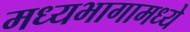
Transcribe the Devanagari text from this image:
मध्यभागामध्ये